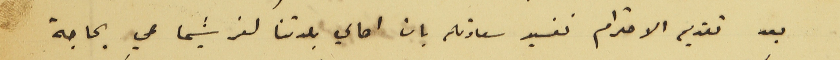
بعد تقديم الاحترام نفيد سعادتكم بان اهالي بلدتنا كفرشيما هي بحاجة